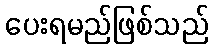
ပေးရမည်ဖြစ်သည်